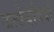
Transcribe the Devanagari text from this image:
जत्थेबंदियाँ